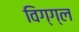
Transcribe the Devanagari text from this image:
विग्ग्ल